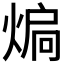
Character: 𭵚